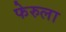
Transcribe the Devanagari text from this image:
फेरुला